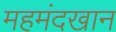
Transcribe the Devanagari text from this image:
महमंदखान